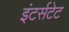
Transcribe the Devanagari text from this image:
इंटर्सटेट